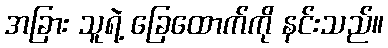
အခြား သူရဲ့ ခြေထောက်ကို နင်းသည်။